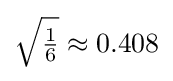
{\sqrt {\tfrac {1}{6}}}\approx 0.408